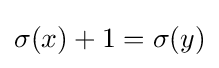
\sigma (x)+1=\sigma (y)